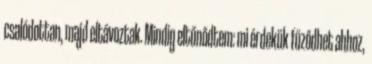
csaló­dot­tan, majd eltávoztak. Mindig eltűnődtem: mi érdekük fűződhet ahhoz,